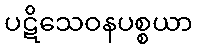
ပဋိသေဝနပစ္စယာ